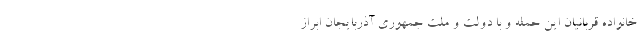
خانواده قربانیان این حمله و با دولت و ملت جمهوری آذربایجان ابراز